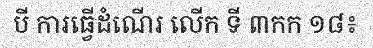
បី ការធ្វើដំណើរ លើក ទី ៣កក ១៨៖